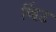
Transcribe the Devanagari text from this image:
व्हिंट